Vaccine operations Central Provinces 1886-1899 - 1886-1899
Year: 1886
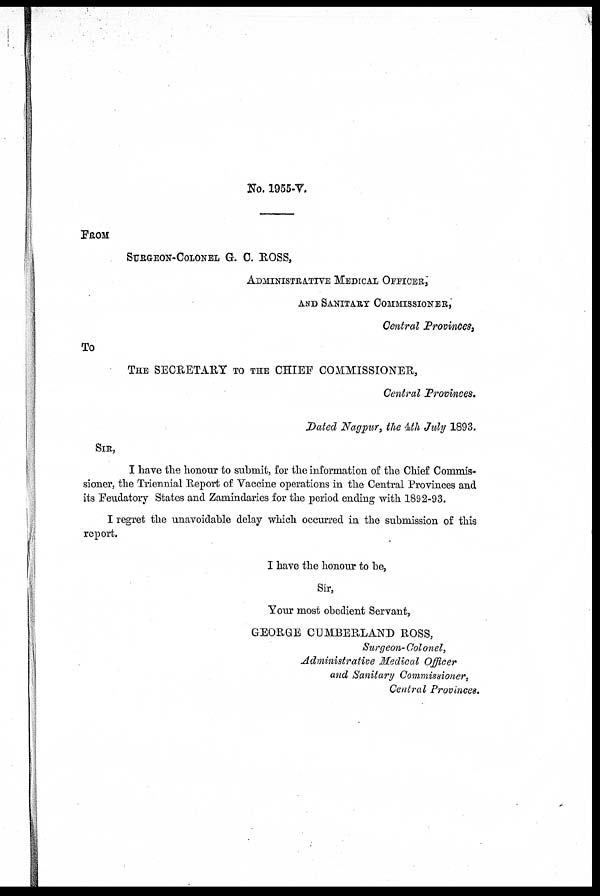
No. 1955-V.
FROM
SURGEON-COLONEL G. C. ROSS,
ADMINISTRATIVE MEDICAL OFFICER,
AND SANITARY COMMISSIONER,
Central Provinces,
To
THE SECRETARY TO THE CHIEF COMMISSIONER,
Central Provinces.
Dated Nagpur, the 4th July 1893.
SIR,
I have the honour to submit, for the information of the Chief Commis-
sioner, the Triennial Report of Vaccine operations in the Central Provinces and
its Feudatory States and Zamindaries for the period ending with 1892-93.
I regret the unavoidable delay which occurred in the submission of this
report.
I have the honour to be,
Sir,
Your most obedient Servant,
GEORGE CUMBERLAND ROSS,
Surgeon-Colonel,
Administrative Medical Officer
and Sanitary Commissioner,
Central Provinces.